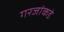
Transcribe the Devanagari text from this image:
गरजांकडे